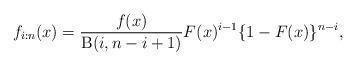
LaTeX: \begin{align*}f_{i:n}(x)=\frac{f(x)}{\operatorname{B}(i,n-i+1)}F(x)^{i-1}\{1-F(x)\}^{n-i},\end{align*}